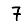
Digit: 7